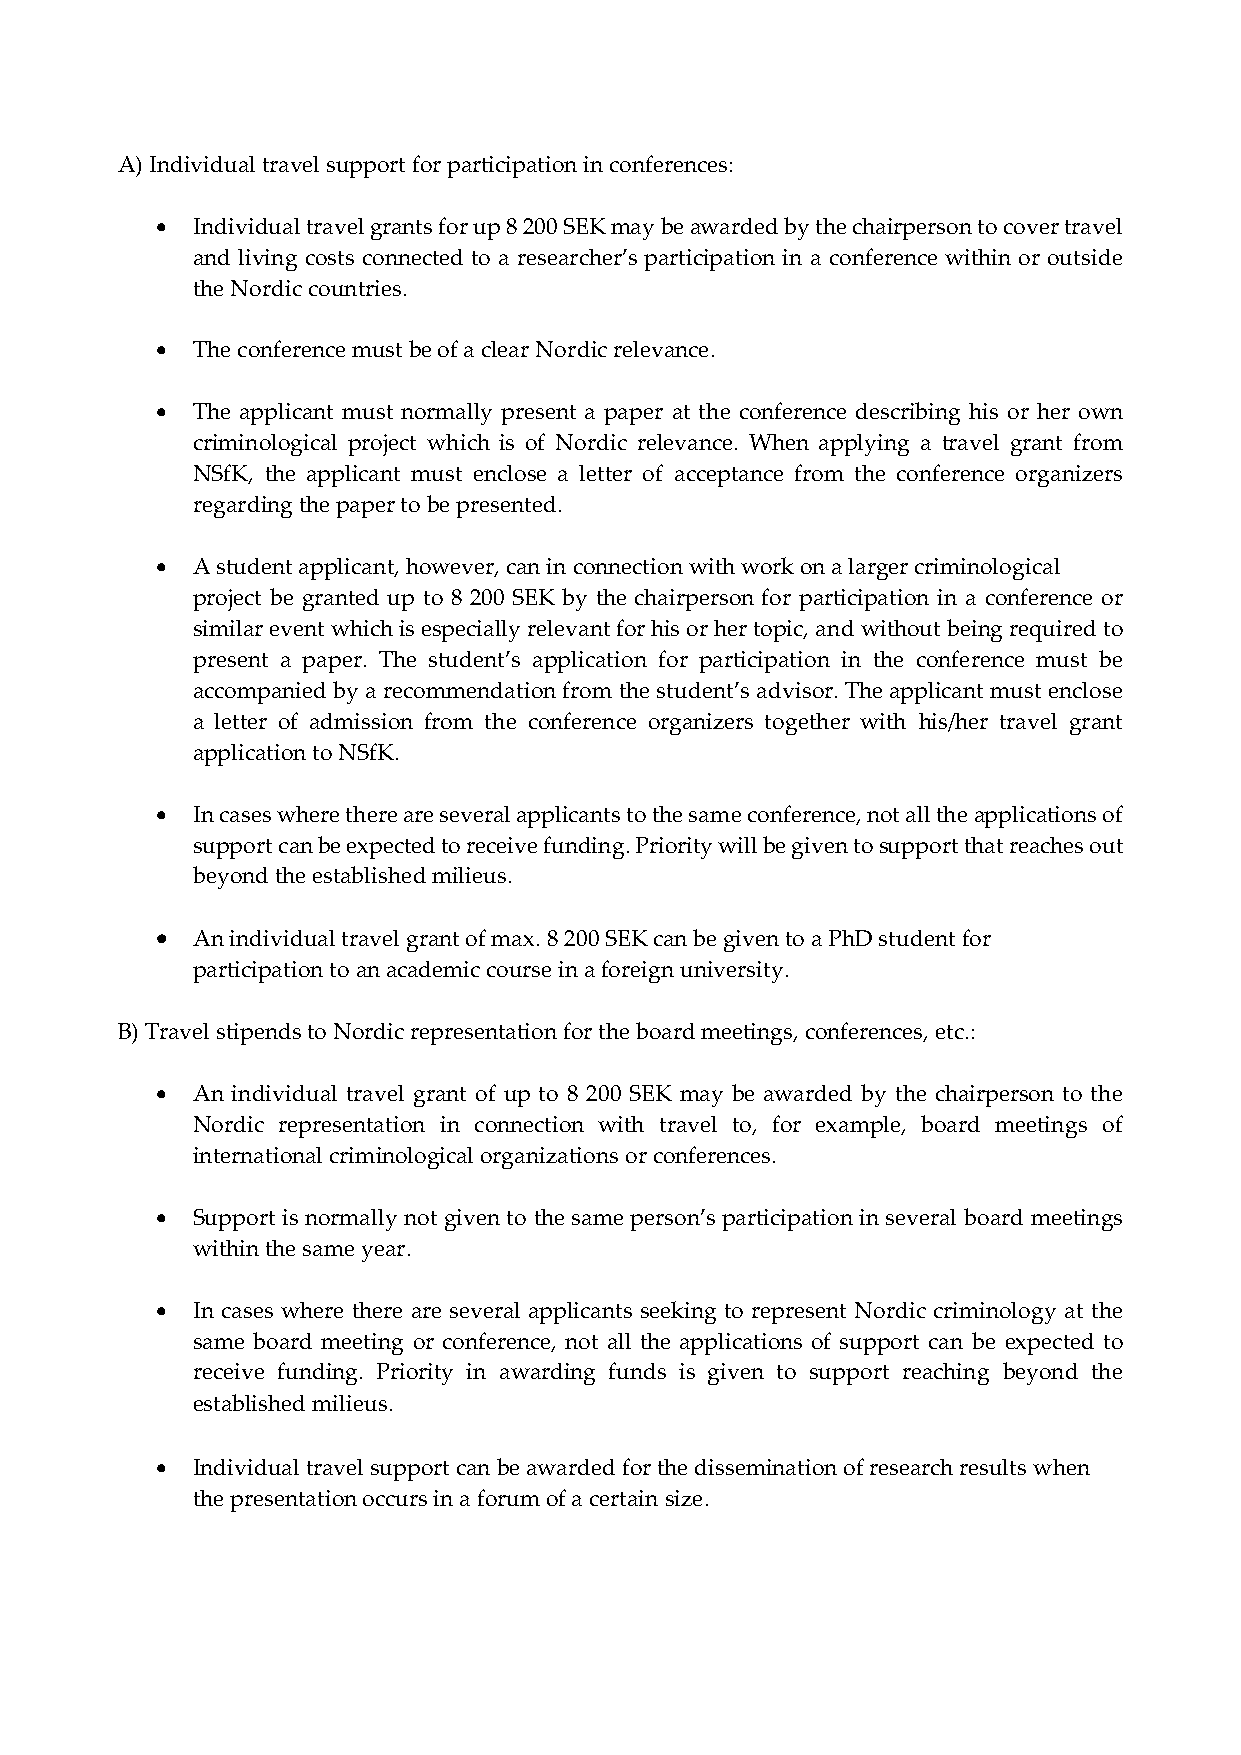
A) Individual travel support for participation in conferences:
   Individual travel grants for up 8 200 SEK may be awarded by the chairperson to cover travel
 and living costs connected to a researcher’s participation in a conference within or outside
 the Nordic countries.
   The conference must be of a clear Nordic relevance.
   The applicant must normally present a paper at the conference describing his or her own
 criminological project which is of Nordic relevance. When applying a travel grant from
 NSfK, the applicant must enclose a letter of acceptance from the conference organizers
 regarding the paper to be presented.
   A student applicant, however, can in connection with work on a larger criminological
 project be granted up to 8 200 SEK by the chairperson for participation in a conference or
 similar event which is especially relevant for his or her topic, and without being required to
 present a paper. The student’s application for participation in the conference must be
 accompanied by a recommendation from the student’s advisor. The applicant must enclose
 a letter of admission from the conference organizers together with his/her travel grant
 application to NSfK.
   In cases where there are several applicants to the same conference, not all the applications of
 support can be expected to receive funding. Priority will be given to support that reaches out
 beyond the established milieus.
   An individual travel grant of max. 8 200 SEK can be given to a PhD student for
 participation to an academic course in a foreign university.
 B) Travel stipends to Nordic representation for the board meetings, conferences, etc.:
   An individual travel grant of up to 8 200 SEK may be awarded by the chairperson to the
 Nordic representation in connection with travel to, for example, board meetings of
 international criminological organizations or conferences.
   Support is normally not given to the same person’s participation in several board meetings
 within the same year.
   In cases where there are several applicants seeking to represent Nordic criminology at the
 same board meeting or conference, not all the applications of support can be expected to
 receive funding. Priority in awarding funds is given to support reaching beyond the
 established milieus.
   Individual travel support can be awarded for the dissemination of research results when
 the presentation occurs in a forum of a certain size.